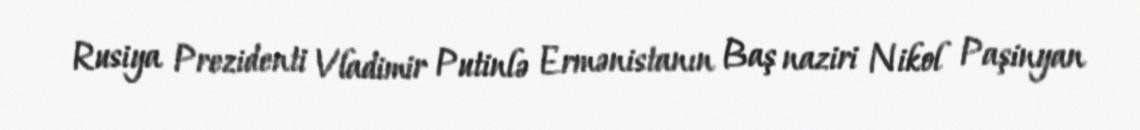
Rusiya Prezidenti Vladimir Putinlə Ermənistanın Baş naziri Nikol Paşinyan